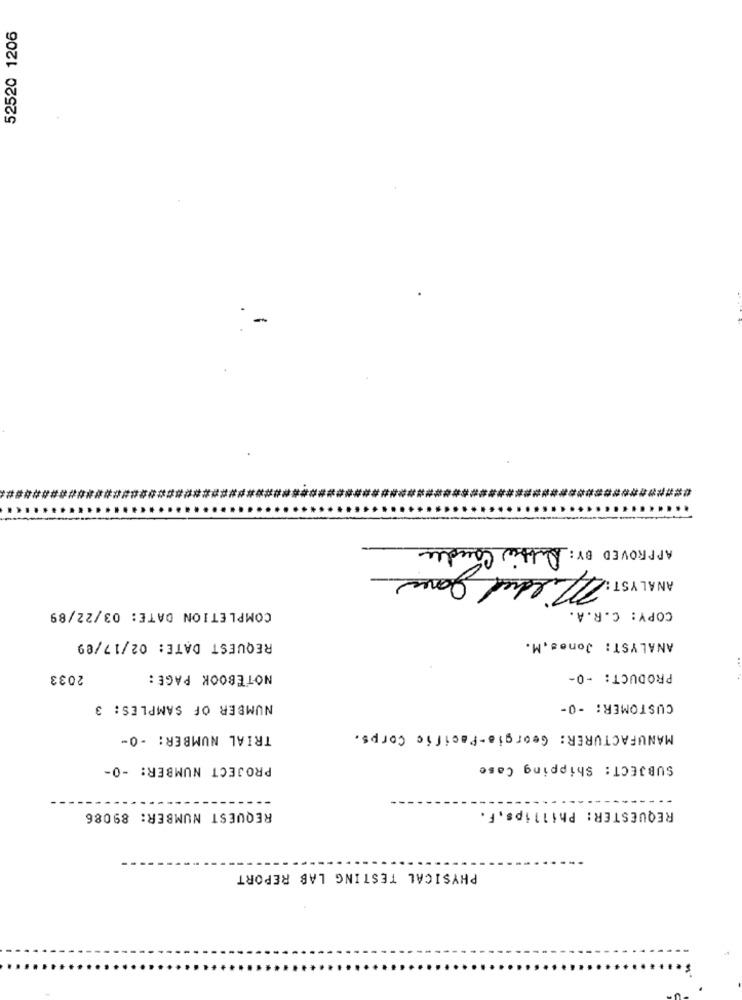
52520 1206
APPROVED BY : Dubbie Coudes
Mildred Jan
COMPLETION DATE: 03/22/89
COPY: C.R.A.
REQUEST DATE: 02/17/09
ANALYST: Jones. M.
2033
NOTEBOOK PAGE:
PRODUCT: - 0-
NUMBER OF SAMPLES: 3
CUSTOMER: - 0-
TRIAL NUMBER: - 0-
MANUFACTURER: Georgia-Pacific Corps.
PROJECT NUMBER: - 0-
SUBJECT: Shipping Case
REQUESTER: Phillips, F.
REQUEST NUMBER: 89086
PHYSICAL TESTING LAB REPORT